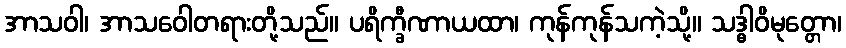
အာသဝါ၊ အာသဝေါတရားတို့သည်။ ပရိက္ခီဏာယထာ၊ ကုန်ကုန်သကဲ့သို့။ သဒ္ဓါဝိမုတ္တော၊